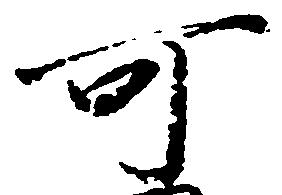
可